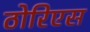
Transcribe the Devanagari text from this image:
ठोरिएस